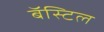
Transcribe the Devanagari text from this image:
बॅस्टिल